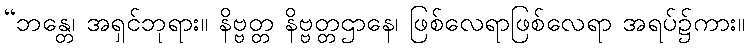
“ဘန္တေ၊ အရှင်ဘုရား။ နိဗ္ဗတ္တ နိဗ္ဗတ္တဌာနေ၊ ဖြစ်လေရာဖြစ်လေရာ အရပ်၌ကား။